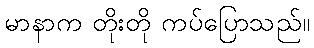
မာနာက တိုးတို ကပ်ပြောသည်။